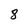
Character: 8